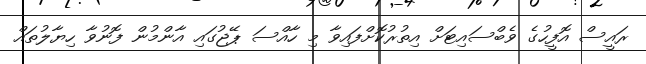
ރައީސް އޮފީހުގެ ވެބްސައިޓަށް އިތުރުކޮށްފައިވާ މި ހާއްސަ ޕޭޖުގައި އާންމުން ފޮނުވާ ހިޔާލުތައް